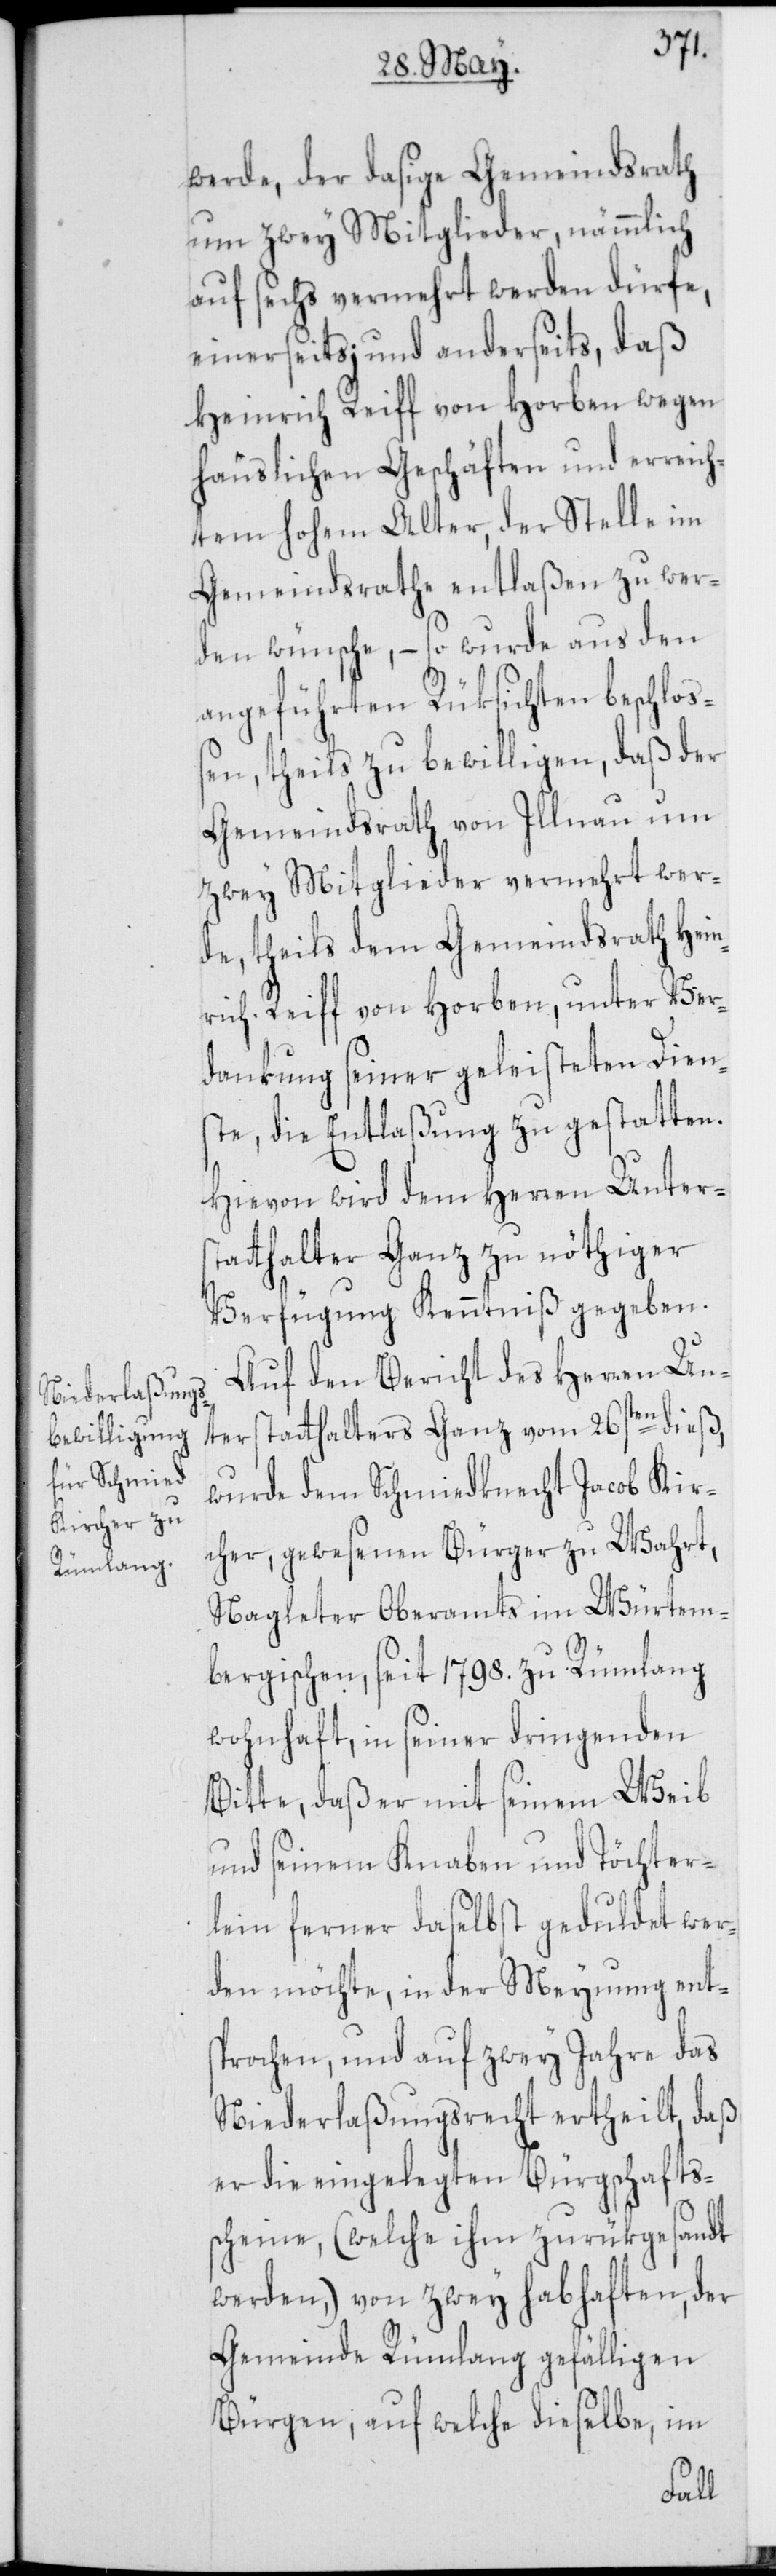
werde, der dasige Gemeindsrath
um zwey Mitglieder, nämmlich
auf sechs vermehrt werden dürfe,
einerseits; und anderseits, daß
Heinrich Reiff von Horben wegen
häuslichen Geschäften und erreich¬
tem hohem Alter, der Stelle im
Gemeindsrathe entlaßen zu wer¬
den wünsche, – so wurde aus den
angeführten Rüksichten beschloß¬
en, theils zu bewilligen, daß der
Gemeindsrath von Illnau um
zwey Mitglieder vermehrt wer¬
de, theils dem Gemeindsrath Hein¬
rich Reiff von Horben, unter Ver¬
dankung seiner geleisteten Dien¬
ste, die Entlaßung zu gestatten.
Hievon wird dem Herren Unters¬
tatthalter Ganz zu nöthiger
Verfügung Kenntniß gegeben.
Auf den Bericht des Herren Un¬
terstatthalters Ganz vom 26sten dieß,
wurde dem Schmiedknecht Jacob Kir¬
cher, gewesenen Bürger zu Wahrt,
Nagleter Oberamts im Würtem¬
bergischen, seit 1798. zu Rümlang
wohnhaft, in seiner dringenden
Bitte, daß er mit seinem Weib
und seinem Knaben und Töchter¬
lein ferner daselbst geduldet wer¬
den möchte, in der Meynung ents¬
prochen, und auf zwey Jahre das
Niederlaßungsrecht ertheilt, daß
er die eingelegten Bürgschaftss¬
cheine (welche ihm zurükgesandt
werden,) von zwey habhaften, der
Gemeinde Rümlang gefälligen
Bürgen, auf welche dieselbe, im